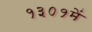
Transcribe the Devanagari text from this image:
१३०१में